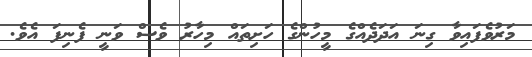
މަރުވެފައިވާ ގިނަ އަދަދެއްގެ މީހުންގެ ހަށިތައް މިހާރު ވެސް ވަނީ ފެނިފަ އެވެ.